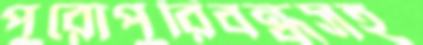
পুরোপুরিবন্ধসহ